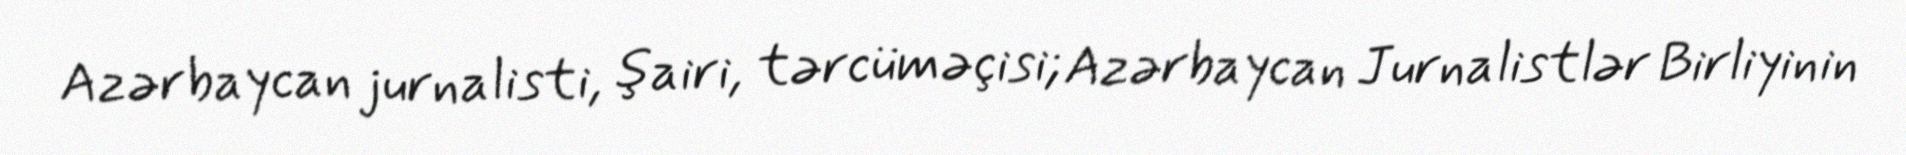
Azərbaycan jurnalisti, şairi, tərcüməçisi; Azərbaycan Jurnalistlər Birliyinin